Lunatic asylums in Bengal annual reports 1888-1898 - 1888-1898
Year: 1888
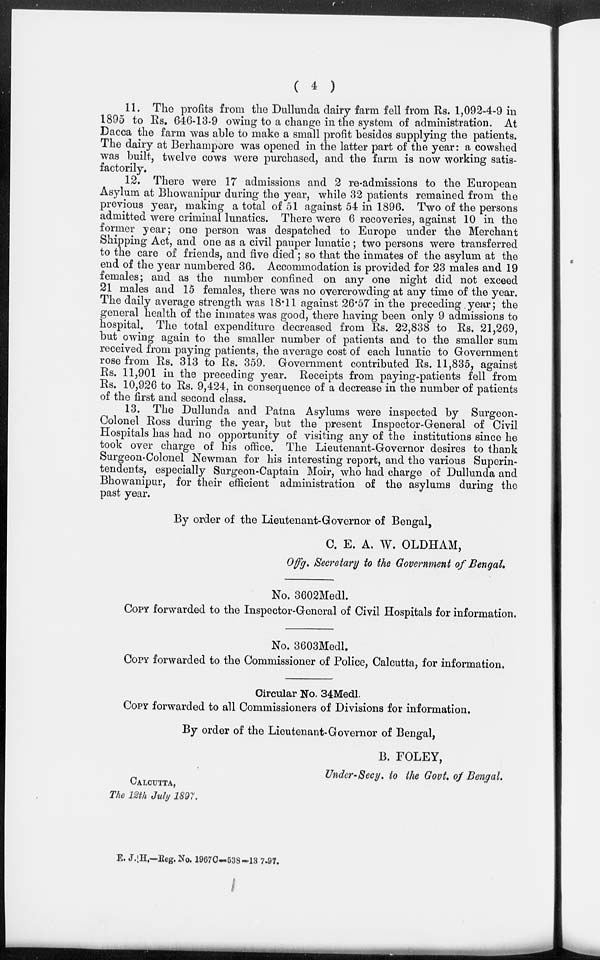
( 4 )
11. The profits from the Dullunda dairy farm fell from Rs. 1,092-4-9 in
1895 to Rs. 646-13-9 owing to a change in the system of administration. At
Dacca the farm was able to make a small profit besides supplying the patients.
The dairy at Berhampore was opened in the latter part of the year: a cowshed
was built, twelve cows were purchased, and the farm is now working satis-
factorily.
12. There were 17 admissions and 2 re-admissions to the European
Asylum at Bhowanipur during the year, while 32 patients remained from the
previous year, making a total of 51 against 54 in 1896. Two of the persons
admitted were criminal lunatics. There were 6 recoveries, against 10 in the
former year; one person was despatched to Europe under the Merchant
Shipping Act, and one as a civil pauper lunatic ; two persons were transferred
to the care of friends, and five died; so that the inmates of the asylum at the
end of the year numbered 36. Accommodation is provided for 23 males and 19
females; and as the number confined on any one night did not exceed
21 males and 15 females, there was no overcrowding at any time of the year.
The daily average strength was 18.11 against 26.57 in the preceding year; the
general health of the inmates was good, there having been only 9 admissions to
hospital. The total expenditure decreased from Rs. 22,838 to Rs. 21,269,
but owing again to the smaller number of patients and to the smaller sum
received from paying patients, the average cost of each lunatic to Government
rose from Rs. 313 to Rs. 359. Government contributed Rs. 11,835, against
Rs. 11,901 in the preceding year. Receipts from paying-patients fell from
Rs. 10,926 to Rs. 9,424, in consequence of a decrease in the number of patients
of the first and second class.
13. The Dullunda and Patna Asylums were inspected by Surgeon-
Colonel Ross during the year, but the present Inspector-General of Civil
Hospitals has had no opportunity of visiting any of the institutions since he
took over charge of his office. The Lieutenant-Governor desires to thank
Surgeon-Colonel Newman for his interesting report, and the various Superin-
tendents, especially Surgeon-Captain Moir, who had charge of Dullunda and
Bhowanipur, for their efficient administration of the asylums during the
past year.
By order of the Lieutenant-Governor of Bengal,
C. E. A. W. OLDHAM,
Offg. Secretary to the Government of Bengal.
No. 3602Medl.
COPY forwarded to the Inspector-General of Civil Hospitals for information.
No. 3603Medl.
COPY forwarded to the Commissioner of Police, Calcutta, for information.
Circular No. 34Medl.
COPY forwarded to all Commissioners of Divisions for information.
By order of the Lieutenant-Governor of Bengal,
B. FOLEY,
Under-Secy. to the Govt. of Bengal.
CALCUTTA,
The 12th July 1897.
E. J. H.—Reg. No. 1967C—538-13 7-97.